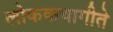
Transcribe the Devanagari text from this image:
लोककथागीते